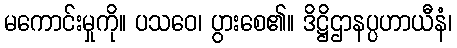
မကောင်းမှုကို။ ပသဝေ၊ ပွားစေ၏။ ဒိဋ္ဌိဌာနပ္ပဟာယီနံ၊